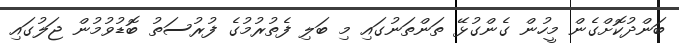
ބަންދުކޮށްގެން މީހުން ގެންގުޅޭ ތަންތަނުގައި މި ބަލި ފެތުރުމުގެ ފުރުސަތު ބޮޑުވުމުން ޖަލުގައި